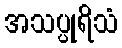
အသပ္ပုရိသံ